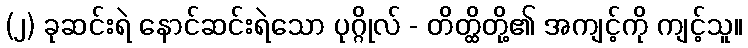
(၂) ခုဆင်းရဲ နောင်ဆင်းရဲသော ပုဂ္ဂိုလ် - တိတ္ထိတို့၏ အကျင့်ကို ကျင့်သူ။